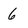
Character: 6